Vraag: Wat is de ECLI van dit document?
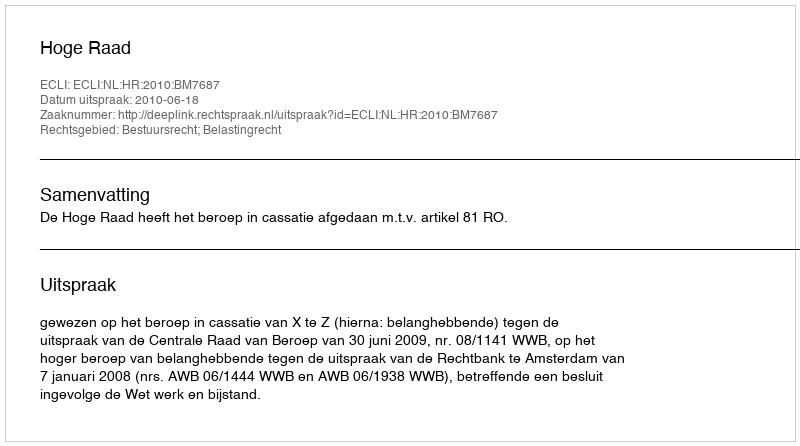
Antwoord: ECLI:NL:HR:2010:BM7687